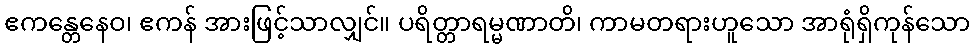
ဧကန္တေနေဝ၊ ဧကန် အားဖြင့်သာလျှင်။ ပရိတ္တာရမ္မဏာတိ၊ ကာမတရားဟူသော အာရုံရှိကုန်သော